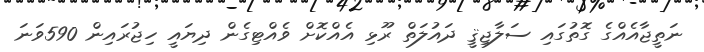
ނަތީޖާއެއްގެ ގޮތުގައި ސަލާޖިޤީ ދައުލަތް ރޫޅި އެއްކޮށް ވެއްޓިގެން ދިޔައީ ހިޖުރައިން 590ވަނަ